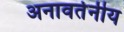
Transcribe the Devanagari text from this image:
अनावर्तनीय